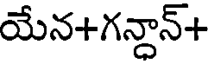
యేన+గన్దాన్+